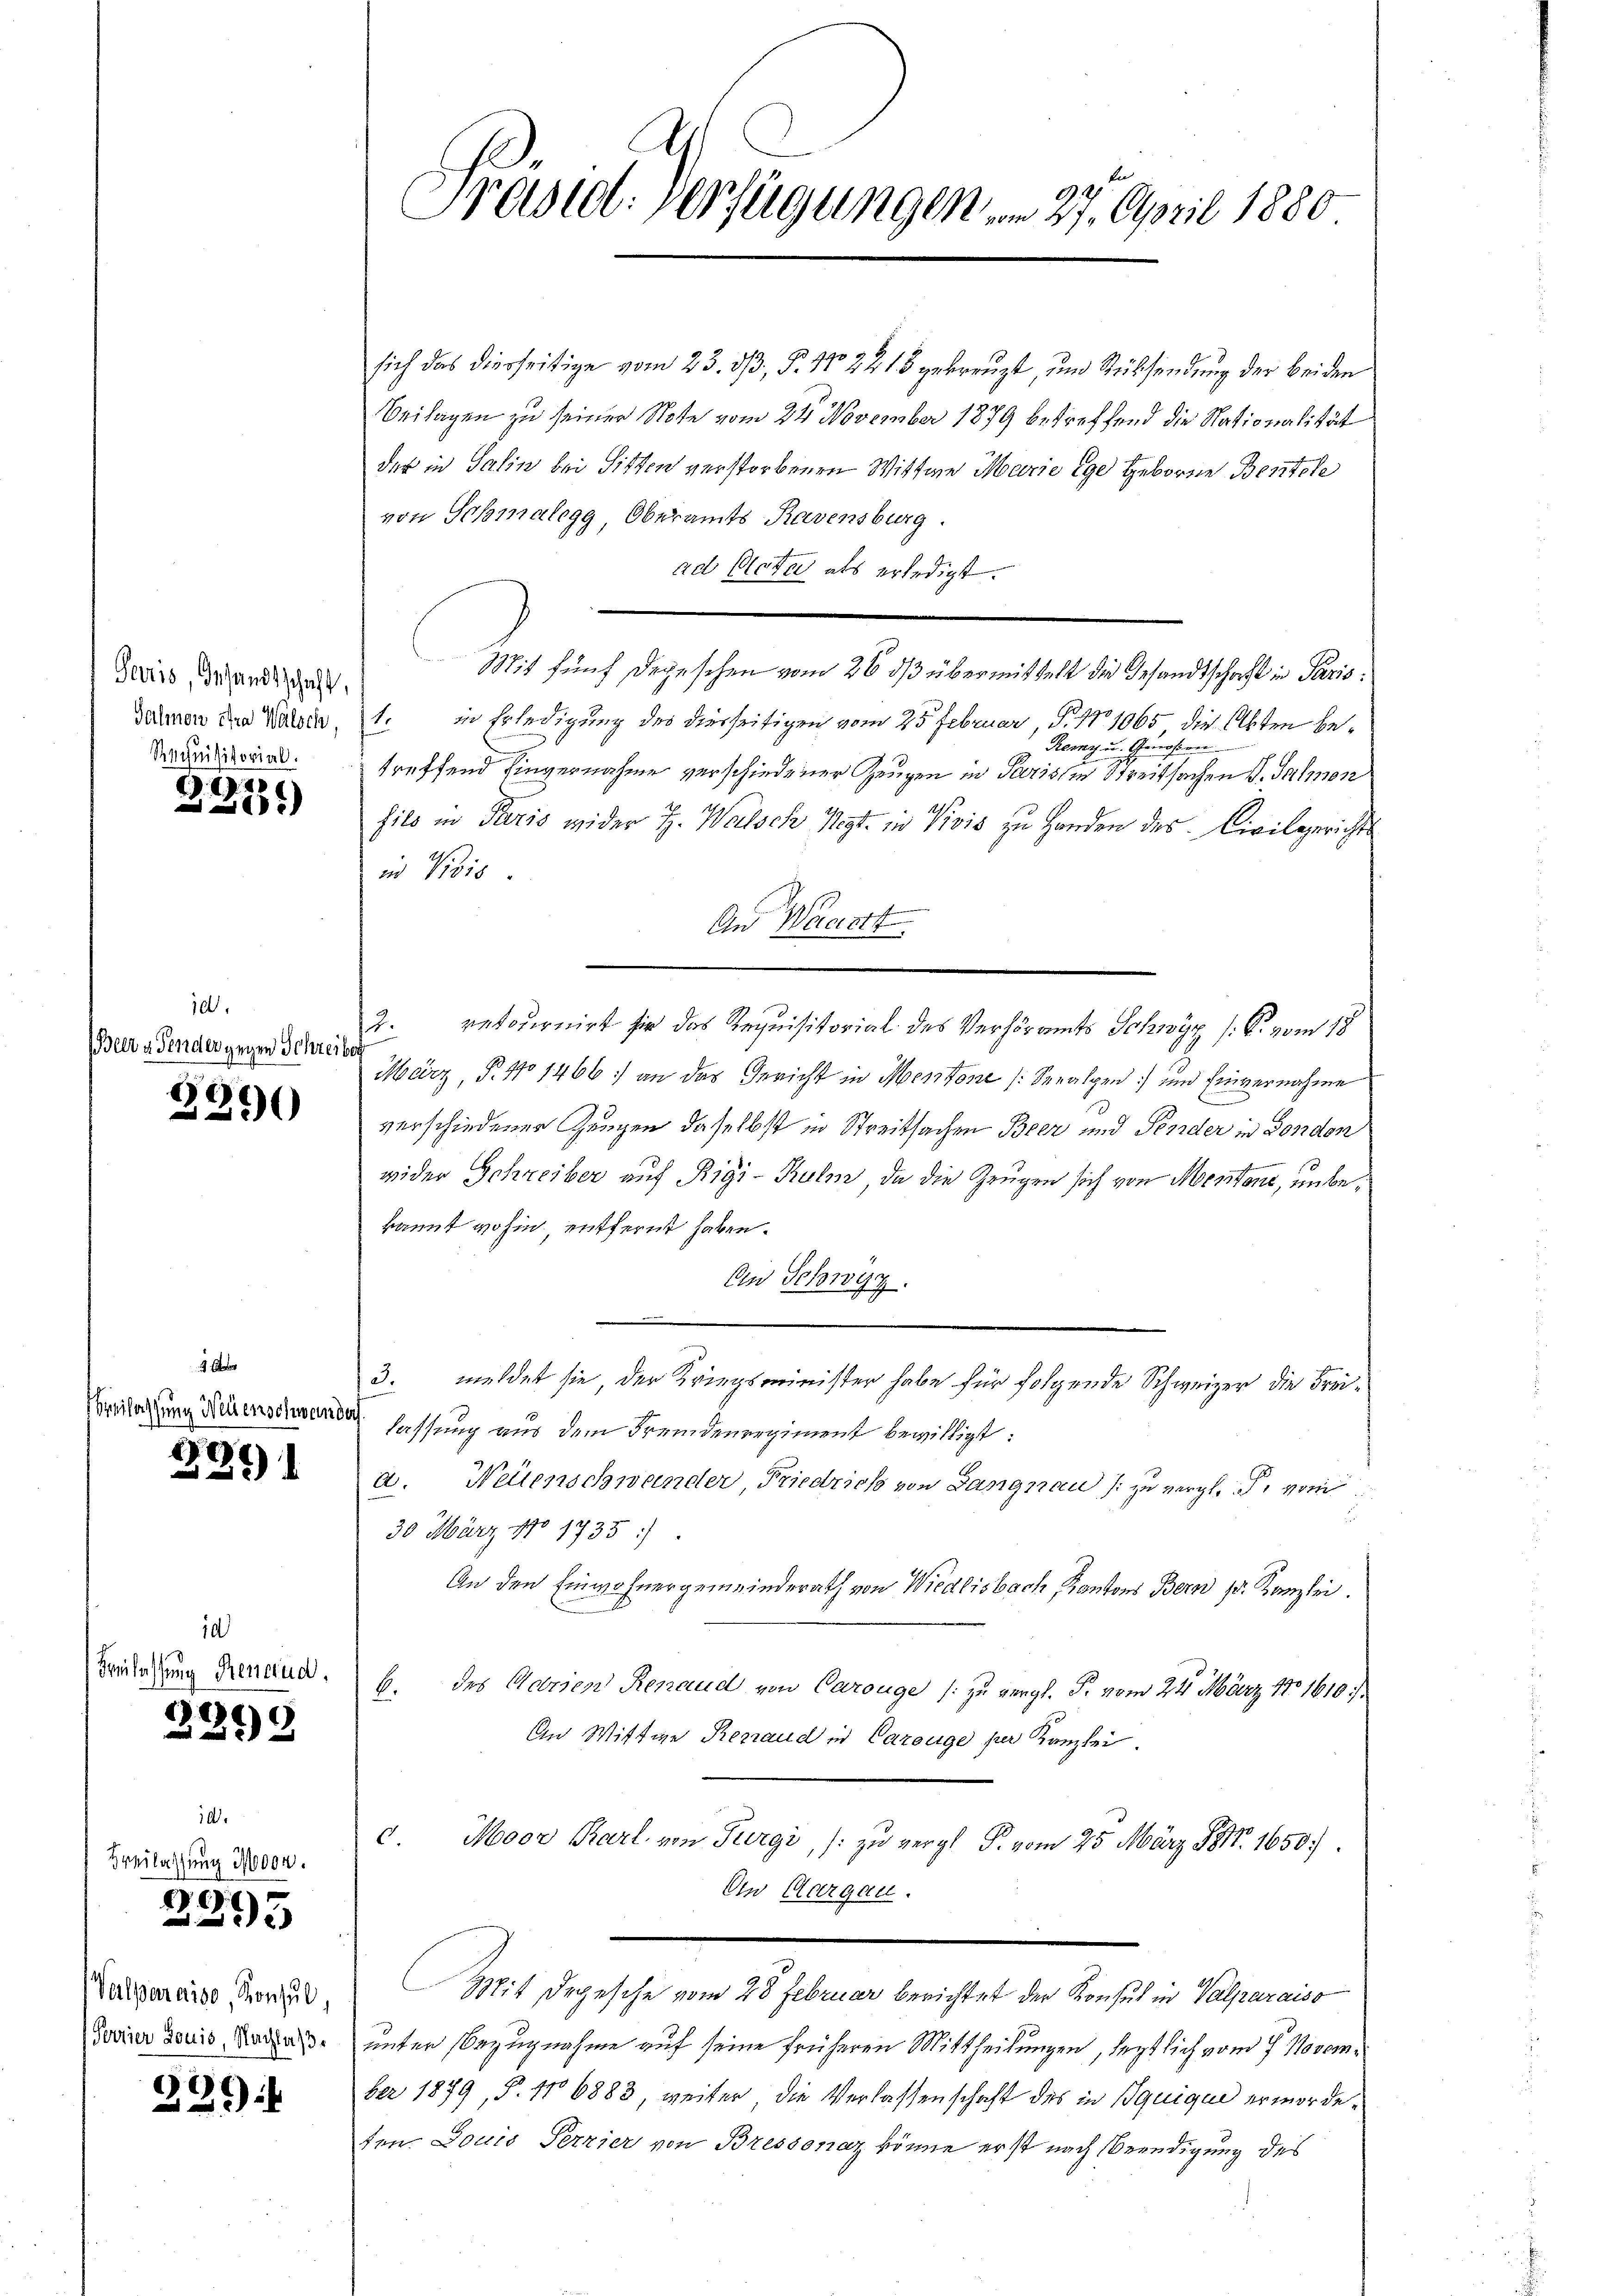
Paris, Gesandtschaft,
Galmen stra Wälsch,
Rechnisitorial.

hoch un

Breilassi

222)

10
Beer & Fender gegen Schreiber

3390

527)
u

id
Freilassung Renaud.

2295

2395

alparaise, Konsul,
Porrier Louis, Nachlaß

339

sehenschwender

En
Prastet. Verfügungen vom 27. April 1880

sich das dierseitige vom 23. dβ, P. 1022 18 gekreuzt, und Rücksendung der beiden
Beilagen zu seiner Note vom 24. November 1879 betreffend die Nationalität
der in Salin bei Sitten verstorbenen Wittwe Marie ige Geborne Bentele
von Schmalegg, Oberamts Ravensburg.
ad Acte als erledigt.
Mit fünf Depeschen vom 26. ds übermittelt die Gesandtschaft in Paris:
1. in Erledigung des diesseitigen vom 25. Februar, P. 1101065 die Akten be¬
Remy u. Genossen
treffend Einvernahme verschiedener Zeugen in Parissen Streitsachen G. Salmen
hils in Paris wider J. Welsch Vogt in Visis zu Handen des Civilgerichts
in Kois.
An Waast.
2. retournirt für das Requisitorial des Verhöramts Schwyz (C. vom 18.
März, P. 410 1466 an das Gericht in Mentone (Seralpen) und Einvernahme
verschiedener Zeugen daselbst in Streitsachen Beer und Pender in Fondon
wider Schreiber auf Rigi-Rulm, da die Zeugen sich von Mentone, unbekannt wohin, entfernt haben.
An Schwyz.
3. meldet sie der Kriegsminister habe für folgende Schweizer die Freilassung aus dem Fremdenergiment bewilligt:
a. Weilenschwander, Friedrich von Langnau (: zu vergl. P. vom
30 März 180 1735).
An den Einwohnergemeinderath von Wiedlisbach, Kantons Bern Sr. Kanzlei
b. des Adrien Renaud von Carouge (zu vergl. P. vom 24. März 1801610.)
An Wittwe Renaud in Carouge per Kanzlei
c. Moor Karl von Turgi, /: zu vergl. P. vom 25. März 1818. 1650
On Aargau.
Mit Degesche vom 28 Februar berichtet der Konsul in Valparaiso
unter Bezugnahme auf seine früheren Mittheilungen, legtlich vom 7. November 1879, S. 106883, weiter, die Verlassenschaft des in Bquique ermordeten Louis Perzier von Bressonaz könne erst nach Beendigung des